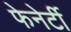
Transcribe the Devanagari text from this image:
फेनेर्टी